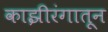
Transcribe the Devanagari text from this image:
काझीरंगातून